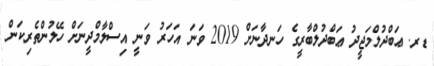
ޑރ. ޢަބްދުލްމަޖީދު ޢަބްދުލްބާރީގެ ހަނދާނަށް 2019 ވަނަ އަހަރު ވަނީ އިސްލާމްދީނަށް ހޭލުންތެރިކަން